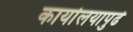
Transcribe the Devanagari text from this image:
कार्यालयापुढे